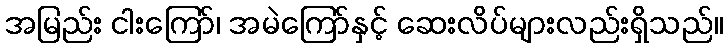
အမြည်း ငါးကြော်၊ အမဲကြော်နှင့် ဆေးလိပ်များလည်းရှိသည်။